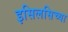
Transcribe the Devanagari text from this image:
इसिलसिच्या